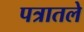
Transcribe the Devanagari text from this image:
पत्रातले